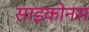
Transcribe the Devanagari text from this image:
साइकोनस